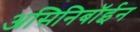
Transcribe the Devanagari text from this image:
असिनिबॉईन